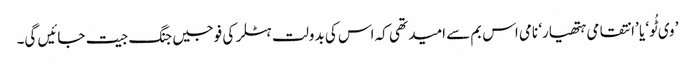
’وی ٹُو‘ یا ’انتقامی ہتھیار‘ نامی اس بم سے امید تھی کہ اس کی بدولت ہٹلر کی فوجیں جنگ جیت جائیں گی۔